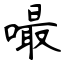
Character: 嘬